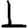
Digit: 1